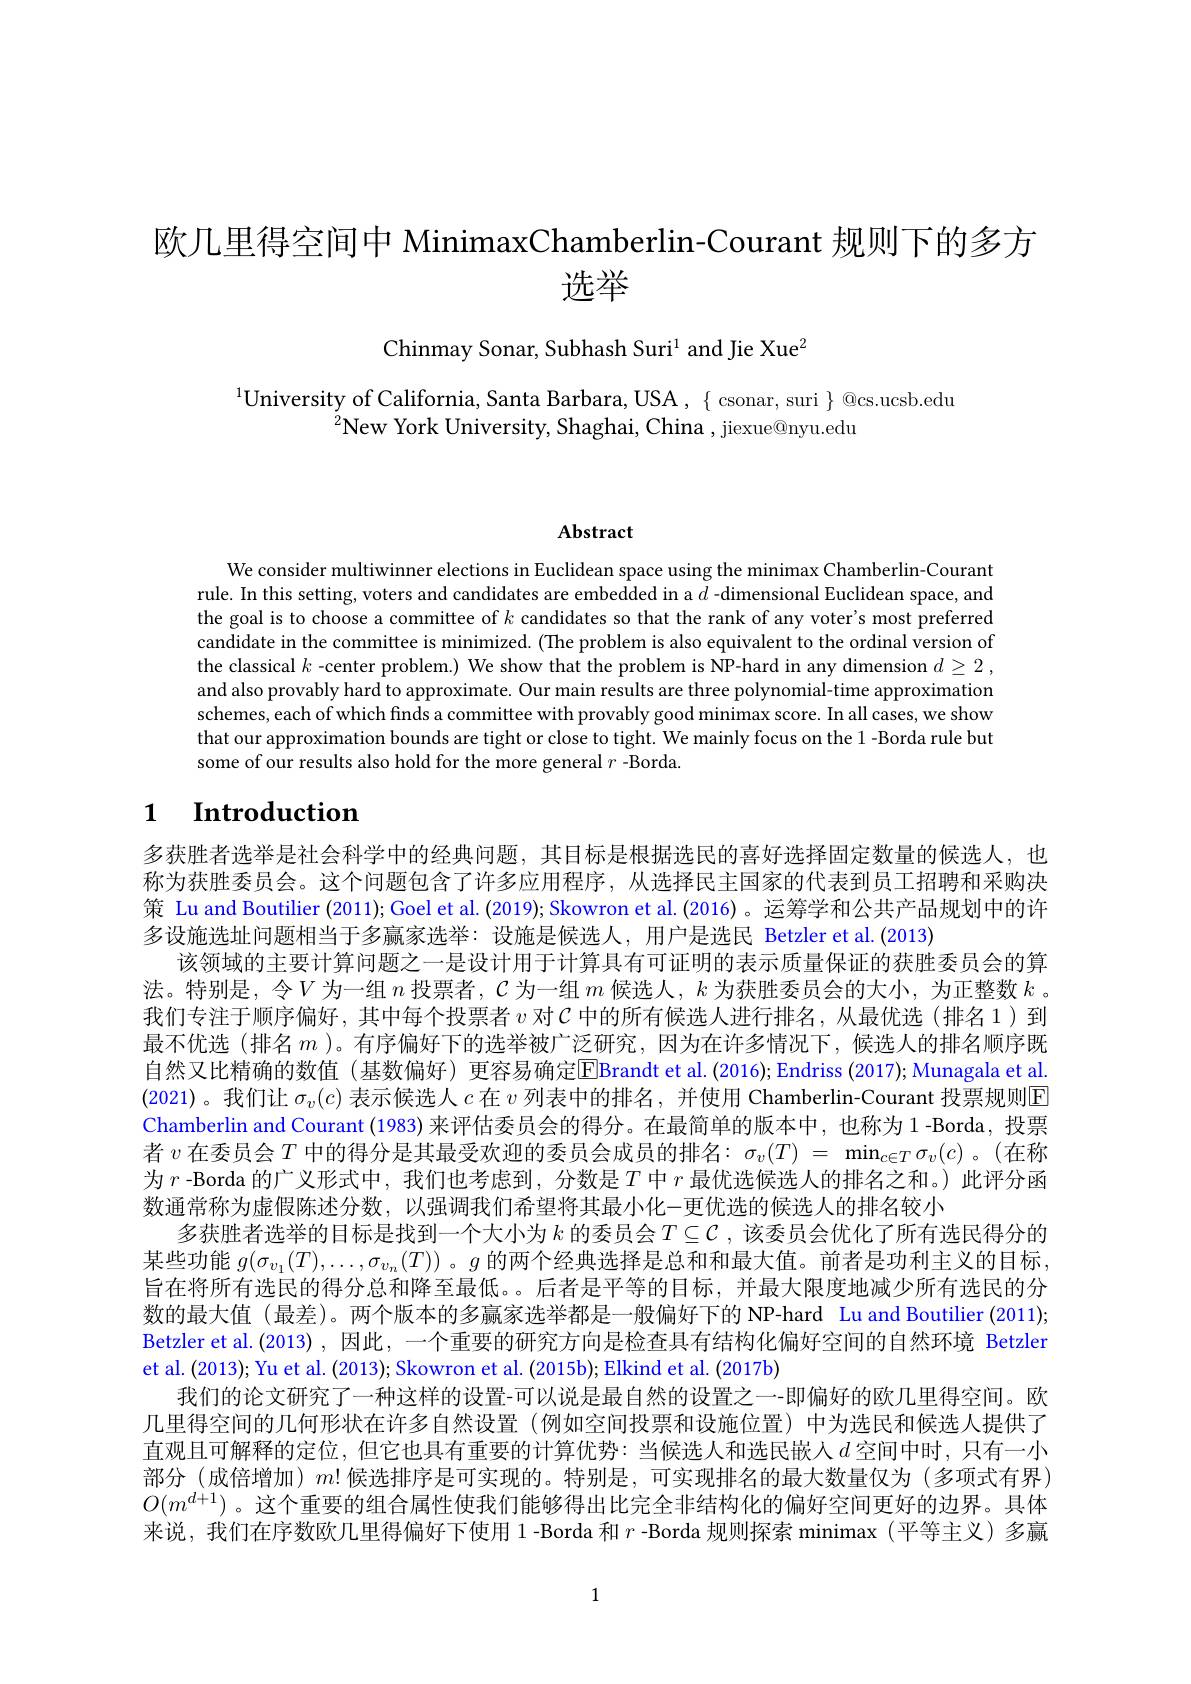
# 欧几里得空间中 MinimaxChamberlin-Courant 规则下的多方选举

Chinmay Sonar, Subhash Suri$^1$ and Jie Xue$^2$

$^{1}$University of California, Santa Barbara, USA , { csonar, suri } { @cs.ucsb.edu}
$^{2}$New York University, Shaghai, China , jiexue@nyu.edu

# Abstract

We consider multiwinner elections in Euclidean space using the minimax Chamberlin-Courant rule. In this setting, voters and candidates are embedded in a $\tilde{d}$ -dimensional Euclidean space, and the goal is to choose a committee of $k$ candidates so that the rank of any voter's most preferred candidate in the committee is minimized. (The problem is also equivalent to the ordinal version of the classical $k$ -center problem.) We show that the problem is NP-hard in any dimension $d\geq2$, and also provably hard to approximate. Our main results are three polynomial-time approximation schemes, each of which finds a committee with provably good minimax score. In all cases, we show that our approximation bounds are tight or close to tight. We mainly focus on the 1 -Borda rule but some of our results also hold for the more general $r$ -Borda

## $\textbf{1}$ $\textbf{Introduction}$

多获胜者选举是社会科学中的经典问题，其目标是根据选民的喜好选择固定数量的候选人，也称为获胜委员会。这个问题包含了许多应用程序，从选择民主国家的代表到员工招聘和采购决策 Lu and Boutilier (2011);Goel et al. (2019); Skowron et al. (2016)。运筹学和公共产品规划中的许多设施选址问题相当于多赢家选举：设施是候选人，用户是选民 Betzler et al.(2013)
该领域的主要计算问题之一是设计用于计算具有可证明的表示质量保证的获胜委员会的算法。特别是，令$V$为一组$n$投票者，$\mathcal{C}$为一组$m$候选人，$k$为获胜委员会的大小，为正整数$k$ 。我们专注于顺序偏好，其中每个投票者$\upsilon$对$\mathcal{C}$中的所有候选人进行排名，从最优选(排名1)到最不优选(排名$m$ )。有序偏好下的选举被广泛研究，因为在许多情况下，候选人的排名顺序既自然又比精确的数值(基数偏好)更容易确定E$[ Brandtet al. ( 2016) ; Endriss ( 2017) ; Munagala et al.$ (2021)。我们让$\sigma_v(c)$表示候选人$c$在$v$列表中的排名，并使用 Chamberlin-Courant 投票规则E Chamberlin and Courant (1983) 来评估委员会的得分。在最简单的版本中，也称为 1 -Borda, 投票者$v$ 在委员会$T$ 中的得分是其最受欢迎的委员会成员的排名：$\sigma_v(T)=\min_{c\in T}\sigma_v(c)$。(在称为$r$ -Borda 的广义形式中，我们也考虑到，分数是$T$中$r$最优选候选人的排名之和。)此评分函数通常称为虚假陈述分数，以强调我们希望将其最小化-更优选的候选人的排名较小
多获胜者选举的目标是找到一个大小为 $k$ 的委员会$T\subseteq\mathcal{C}$ ,该委员会优化了所有选民得分的某些功能$g(\sigma_{v_1}(T),\ldots,\sigma_{v_n}(T))$ 。$g$的两个经典选择是总和和最大值。前者是功利主义的目标旨在将所有选民的得分总和降至最低。后者是平等的目标，并最大限度地减少所有选民的分数的最大值(最差)。两个版本的多赢家选举都是一般偏好下的 NP-hard Lu and Boutilier (2011); Betzler et al.(2013) ,因此，一个重要的研究方向是检查具有结构化偏好空间的自然环境 Betzler et al. (2013); Yu et al. (2013); Skowron et al. (2015b); Elkind et al. (2017b)
我们的论文研究了一种这样的设置-可以说是最自然的设置之一-即偏好的欧几里得空间。欧几里得空间的几何形状在许多自然设置(例如空间投票和设施位置)中为选民和候选人提供了直观且可解释的定位，但它也具有重要的计算优势：当候选人和选民嵌人$d$ 空间中时，只有一小部分 (成倍增加) $m!$候选排序是可实现的。特别是，可实现排名的最大数量仅为 (多项式有界) $O(m^{d+1})$。这个重要的组合属性使我们能够得出比完全非结构化的偏好空间更好的边界。具体来说，我们在序数欧几里得偏好下使用 1-Borda 和$r$ -Borda 规则探索 minimax(平等主义)多赢

1